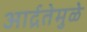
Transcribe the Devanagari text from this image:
आर्द्रतेमुळे